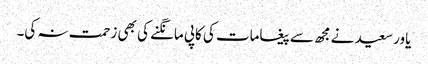
یاور سعید نے مجھ سے پیغامات کی کاپی مانگنے کی بھی زحمت نہ کی۔